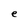
Character: e